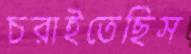
চরাইতেছিস